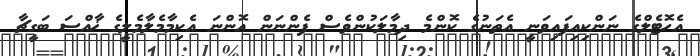
އެހޮޓެލްގެ ނަންކިއިފައިވަނީ އެތަނުގެ ކޮންމެ ދިމާލަކުންވެސް ފެންނަން އޮންނަ އެކިމާމެލާމެލީގެ ޚާއްޞަ ބަގީޗާ